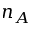
n _ { A }